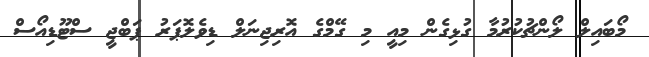
މޯބައިލް ލޯންޗުކުރުމާ ގުޅިގެން މިއީ މި ގޭމްގެ އޮރިޖިނަލް ޑިވެލޮޕަރު ޕަބްޖީ ސްޓޫޑިއޯސް